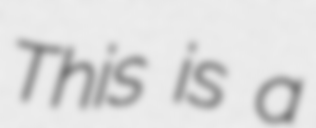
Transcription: This is a